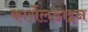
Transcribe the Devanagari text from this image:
कार्सेलडाइन